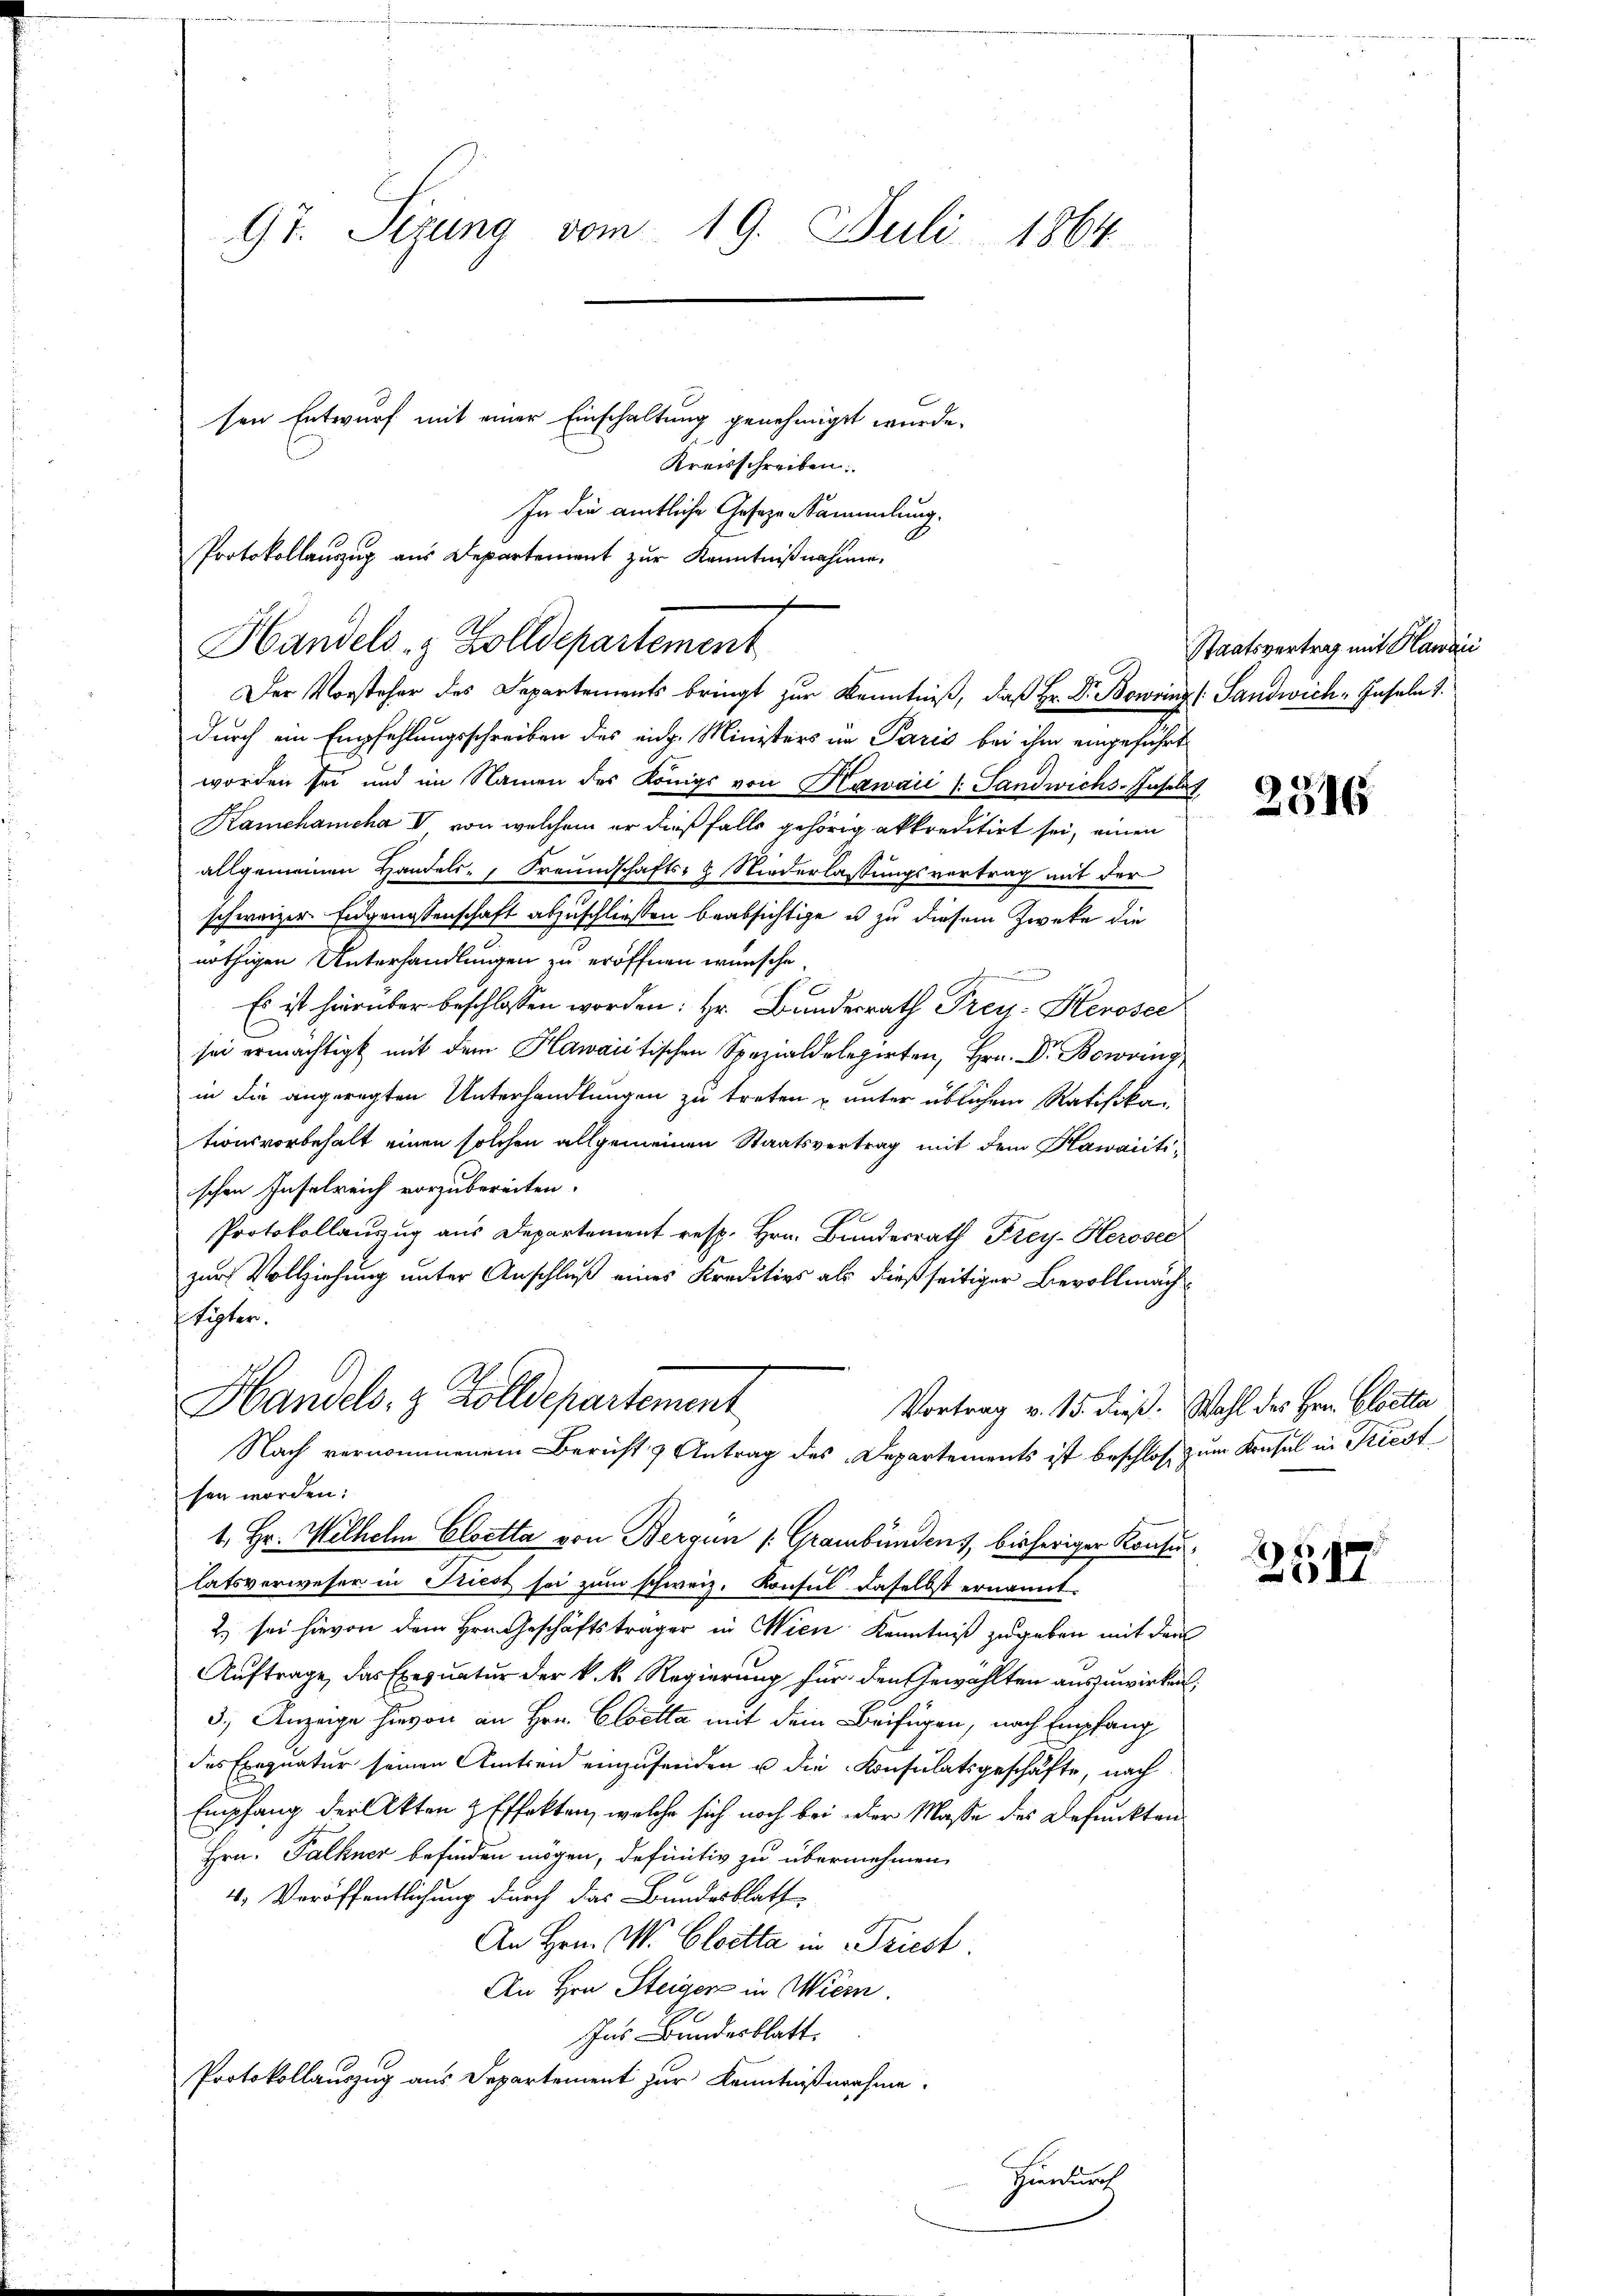
97. Sizung vom 19. Juli 1864

Handels- & Zolldepartement
Der Vorsteher des Separtements bringt zur Kenntniß, daß Hr. Dr. Bowrinz (Landwich, Inseln 1.

sen Entwurf mit einer Einschaltung genehmiget wurde.
Kreisschreiben.
In die amtliche Gesezen Sammlung.
Protokollauszug aus Departement zur Kenntnißnahmen.

durch ein Empfehlungsschreiben des eidg. Ministers in Paris bei ihm eingeführt
worden sei und im Namen des Königs von Hawaii (: Sandwichs-Insel
Kamchamcha V von welchem er dießfalls gehörig akkreditirt sei, einen
allgemeinen Handels- Freundschafts- & Niederlassungsvertrag mit der
schweizer Eidgenossenschaft abzuschliessen beabsichtige u zu diesem Zweke die
nöthigen Unterhandlungen zu eröffnen wünsche.
Es ist hierüber beschlossen worden: Hr. Bundesrath Treu: Herosee
sei ermächtigt mit dem Kantischen Spazierten, Hr. B
in die angeregten Unterhandlungen zu treten u unter üblichem Ratifika
tionsvorbehalt einen solchen allgemeinen Staatsvertrag mit dem Kawaiitischen Inselreich vorzubereiten.
Protokollauszug aus Departement resp. Hrn. Bunderrath Frey. Herosec
zur Vollziehung unter Anschluß eines Kreditivs als dießseitiger Bevollmachipten.
Handels. z. Zolldepartement
Vortrag v. 15. dieß. Wahl des Hrn. Cloetta
Nach vernommenem Bericht & Antrag des Departements ist beschloß zum Krusel in Kiest
sen worden:
1. Hr. Wilhelm Cloetta von Bergün /: Graubündens, bisheriger Konsu
latsverweser in Friest sei zum schweiz. Konsul daselbst ernannt.
2) sei hievon dem Hrn. Geschäftsträger in Wien Kenntniß zugeben mit den
Auftrage, das Exequatur der k. k. Regierung für den Gewählten auszuwirken,
3.) Anzeige hievon an Hrn. Cloetta mit dem Beifügen, nach Empfang
des Exequatur seinen Amtsein einzusenden u die Konsulatsgeschäfte, nach
Empfang der Akten & Effekten, welche sich noch bei der Maße des Befunkten
Hrn. Falkner befinden mögen, definitiv zu übernehmen,
4. Veröffentlichung durch das Bundesblatt
An Hrn. W. Cloetta in Triest.
An Hrn. Steigers in Wiern.
Ins Bundesblatt.
Protokollauszug aus Departement zur Kenntnißnahme.
Zierdurch

Staatsvertrag mit Hawaii

2516

.
3547.